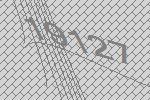
19127